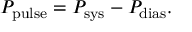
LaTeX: \! P _ { \mathrm { p u l s e } } = P _ { \mathrm { s y s } } - P _ { \mathrm { d i a s } } .